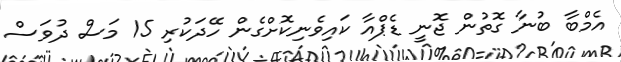
އެމްބާ ބުނާ ގޮތުން ޖޮނީ ޑެޕްއާ ކައިވެނިކޮށްގެން ހޭދަކުރި 15 މަސް ދުވަސް